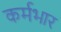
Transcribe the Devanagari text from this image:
कर्मभार